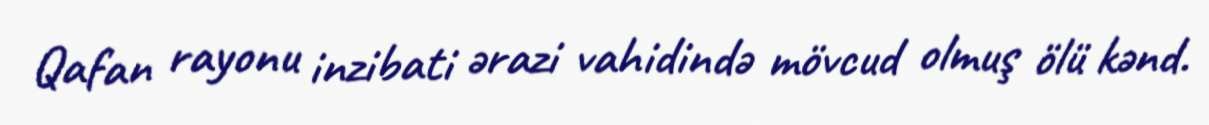
Qafan rayonu inzibati ərazi vahidində mövcud olmuş ölü kənd.